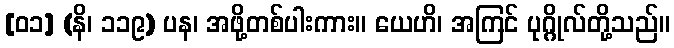
[၀၁] (နိ၊ ၁၁၉) ပန၊ အဖို့တစ်ပါးကား။ ယေဟိ၊ အကြင် ပုဂ္ဂိုလ်တို့သည်။